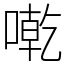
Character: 𠼳